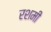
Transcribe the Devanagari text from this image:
रशमी